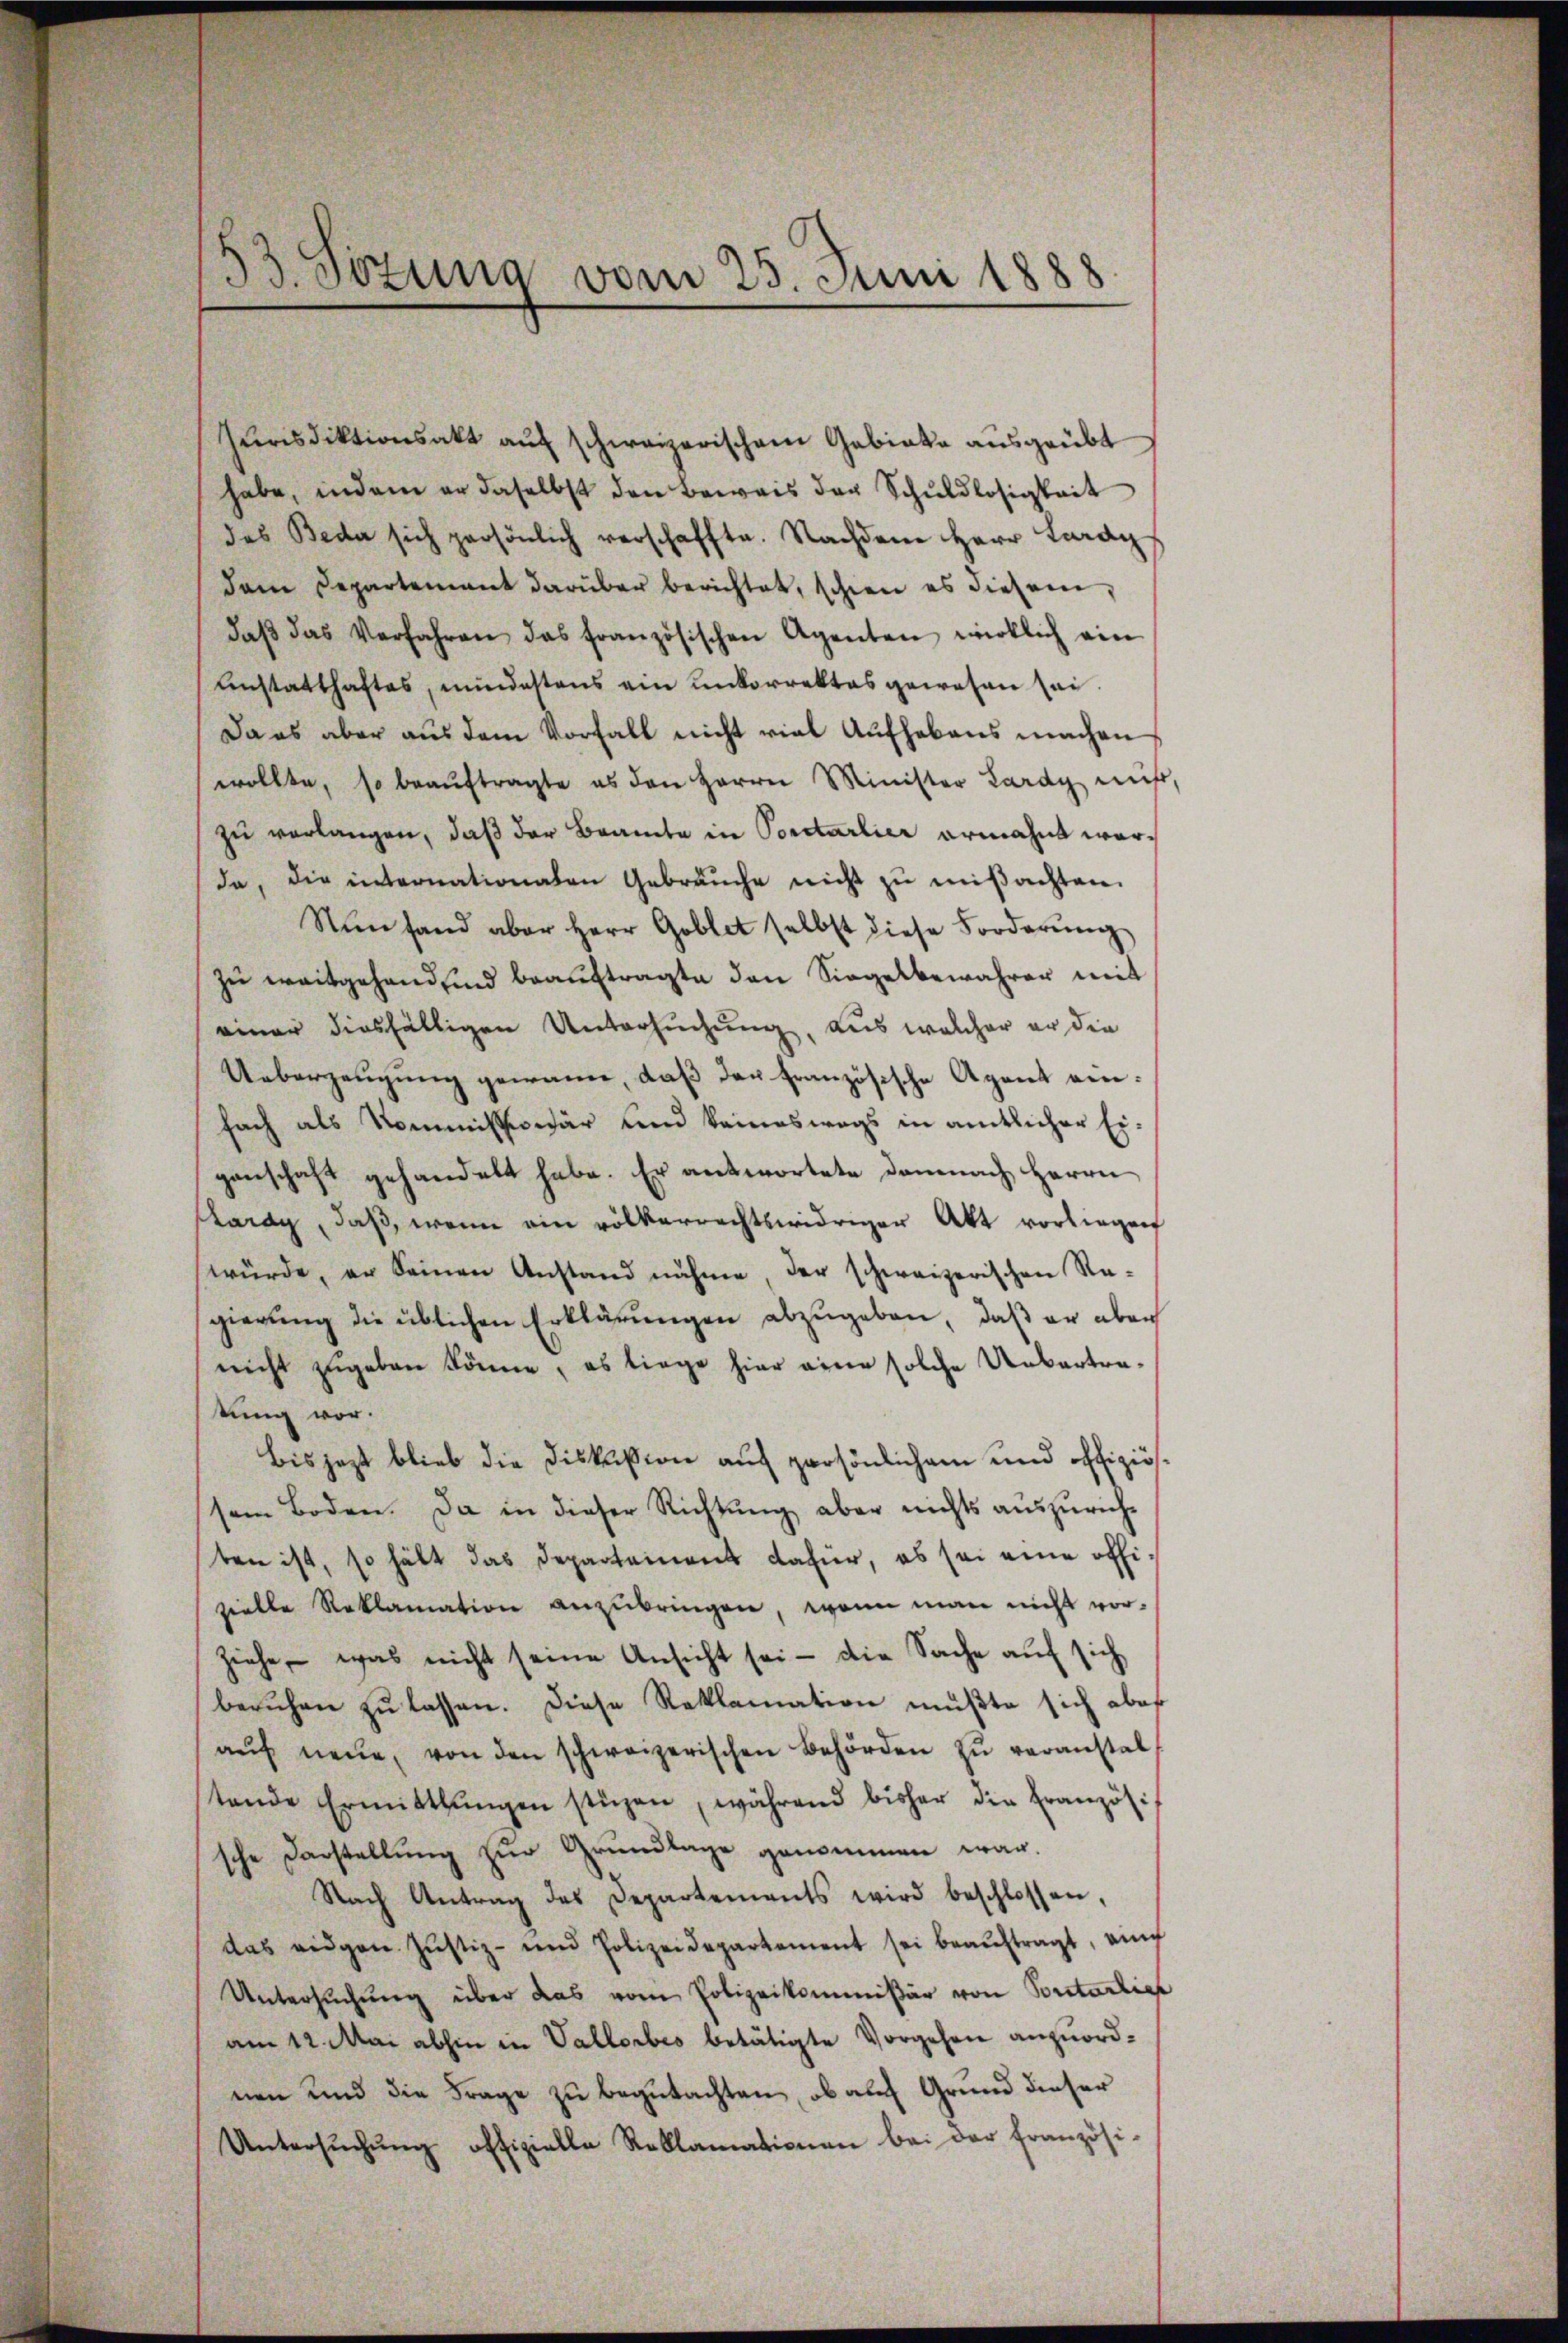
53. Tötung vom 25. Juni 1888

Jurisdiktionsakt auf schweizerischem Gebiete ausgeübt
habe, indem er daselbst den Beweis der Schuldlosigkeit
des Beda sich persönlich verschaffte. Nachdem Herr Lardy
dem Departement darüber berichtet, schien es diesem,
daβ das Verfahren das französischen Agenten wirklich ein
Anstatthaftes, mindestens ein unkorrektes gewesen sei.
Da es aber aus dem Vorfall nicht viel Aufhebens machen
wollte, so beauftragte es den Herrn Minister Lardy nicht,
zu verlangen, daß der Beamte in Portarlier ermahnt worda, die internationalen Gebräuche nicht zŭ miβachten.
Nun fand aber Herr Goblet selbst diese Forderŭng
zu weitgehandend beauftragte den Siegelbewahrer mit
einer diesfälligen Untersuchung, aus welcher er die
Ueberzeugung gewann, daß der französische Agent einfach als Kommissionär und keineswegs in amtlicher Eigenschaft gehandelt habe. Er antwortete Demnach Herrn
Lardy, daß, wenn ein völkerrechtswidriger Akt vorliegen
würde, er seinen Anstand nähme, der schweizerischen Re-
gierung die üblichen Erklärungen abzugeben, daß er aber
nicht zugeben könne, es liege hier eine solche Uebertratung vor.
bis jezt blieb die Diskußion auf persönlichem und offiziössem Boden. Da in dieser Richtŭng aber nichts auszuricht
ten ist, so hält das Departement dafür, es sei eine offizielle Reklamation anzŭbringen, wenn man nicht vorziehe, was nicht seine Ansicht sei - die Sache auf sich
beruhen zŭ lassen. Diese Reklamation müßte sich aber
aŭf neue, von den schweizerischen Behörden zŭ veranstal
tende Ermittlungen stüzen, während bisher die Französische Darstellŭng zŭr Grundlage genommen war.
Nach Antrag des Departements wird beschlossen,
das eidgen. Justiz- und Polizeidepartement sei beaŭftragt, auch
Untersŭchŭng über das vom Polizeikommißär von Portarlich
am 12. Mai abhin in Vallorbes betätigte Vorgehen anzuordnen und die Frage zu begutachten, ob auf Grund dieser
Untersŭchŭng offizielle Reklamationen bei der französi-